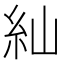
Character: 𮈁